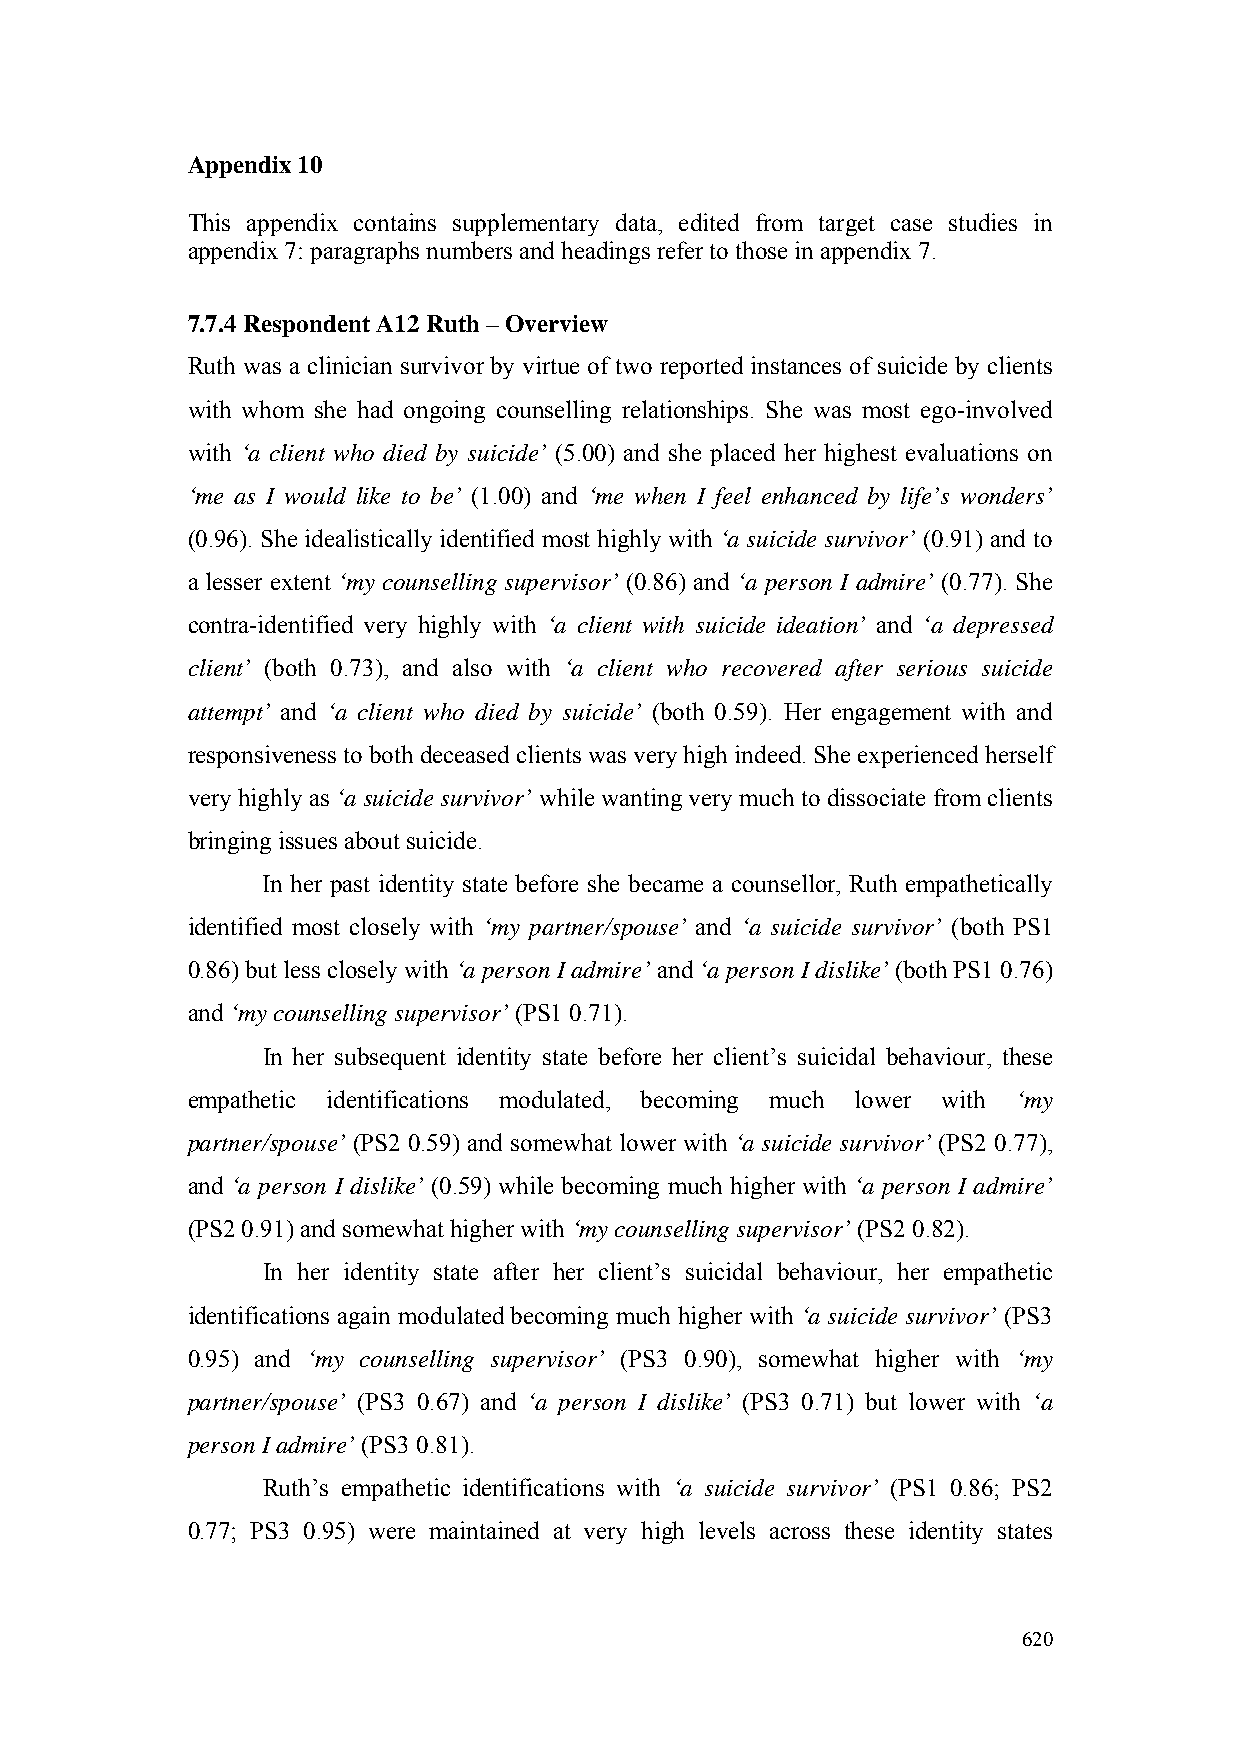
Appendix 10
 This appendix contains supplementary data, edited from target case studies in
 appendix 7: paragraphs numbers and headings refer to those in appendix 7.
 7.7.4 Respondent A12 Ruth – Overview
 Ruth was a clinician survivor by virtue of two reported instances of suicide by clients
 with whom she had ongoing counselling relationships. She was most ego-involved
 with ‘a client who died by suicide’ (5.00) and she placed her highest evaluations on
 ‘me as I would like to be’ (1.00) and ‘me when I feel enhanced by life’s wonders’
 (0.96). She idealistically identified most highly with ‘a suicide survivor’ (0.91) and to
 a lesser extent ‘my counselling supervisor’ (0.86) and ‘a person I admire’ (0.77). She
 contra-identified very highly with ‘a client with suicide ideation’ and ‘a depressed
 client’ (both 0.73), and also with ‘a client who recovered after serious suicide
 attempt’ and ‘a client who died by suicide’ (both 0.59). Her engagement with and
 responsiveness to both deceased clients was very high indeed. She experienced herself
 very highly as ‘a suicide survivor’ while wanting very much to dissociate from clients
 bringing issues about suicide.
 In her past identity state before she became a counsellor, Ruth empathetically
 identified most closely with ‘my partner/spouse’ and ‘a suicide survivor’ (both PS1
 0.86) but less closely with ‘a person I admire’ and ‘a person I dislike’ (both PS1 0.76)
 and ‘my counselling supervisor’ (PS1 0.71).
 In her subsequent identity state before her client’s suicidal behaviour, these
 empathetic identifications modulated, becoming much lower with ‘my
 partner/spouse’ (PS2 0.59) and somewhat lower with ‘a suicide survivor’ (PS2 0.77),
 and ‘a person I dislike’ (0.59) while becoming much higher with ‘a person I admire’
 (PS2 0.91) and somewhat higher with ‘my counselling supervisor’ (PS2 0.82).
 In her identity state after her client’s suicidal behaviour, her empathetic
 identifications again modulated becoming much higher with ‘a suicide survivor’ (PS3
 0.95) and ‘my counselling supervisor’ (PS3 0.90), somewhat higher with ‘my
 partner/spouse’ (PS3 0.67) and ‘a person I dislike’ (PS3 0.71) but lower with ‘a
 person I admire’ (PS3 0.81).
 Ruth’s empathetic identifications with ‘a suicide survivor’ (PS1 0.86; PS2
 0.77; PS3 0.95) were maintained at very high levels across these identity states
 620